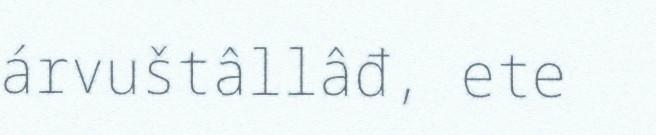
árvuštâllâđ, ete